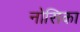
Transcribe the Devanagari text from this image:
नोसिका